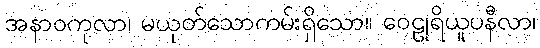
အနာဝကုလာ၊ မယုတ်သောကမ်းရှိသော။ ဝေဠုရိယူပနီလာ၊